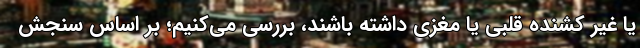
یا غیر کشنده قلبی یا مغزی داشته باشند، بررسی می‌کنیم؛ بر اساس سنجش